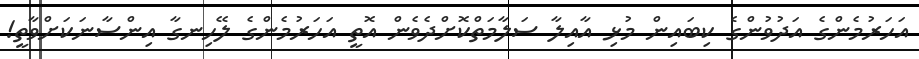
އަހަރުމެންގެ އަދުވުންގެ ކިބައިން މުޅި އާއިލާ ސަލާމަތްކޮށްދެވެން އޮތީ އަހަރުމެންގެ ލޭހިނގާ އިންސާނަކަށްވާތީ!